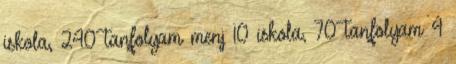
iskola, 240 tanfolyam menj 10 iskola, 70 tanfolyam 4